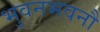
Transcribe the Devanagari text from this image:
भुवनभवनौ